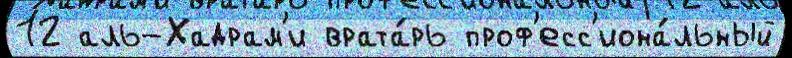
12 аль-Хадрам'и врата́рь проф'есс'иона́льный